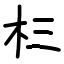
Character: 㭅